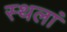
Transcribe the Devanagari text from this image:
स्थलां